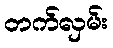
တက်လှမ်း